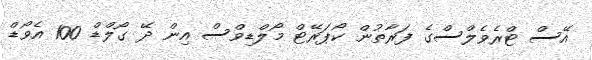
އޭސް ޓްރެވެލްސްގެ ފަރާތުން ކޯޕަރޭޓް މޯލްޑިވްސް އިން ދޭ ގޯލްޑް 100 އެވޯޑް